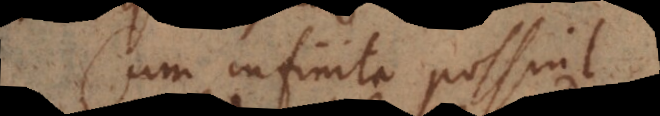
Cum infinita possint